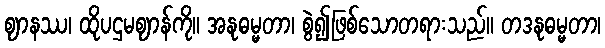
ဈာနဿ၊ ထိုပဌမဈာန်ကို။ အနုဓမ္မတာ၊ စွဲ၍ဖြစ်သောတရားသည်။ တဒနုဓမ္မတာ၊